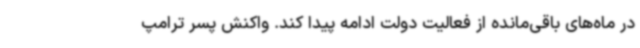
در ماه‌های باقی‌مانده از فعالیت دولت ادامه پیدا کند. واکنش پسر ترامپ